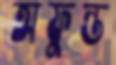
অফুন্ত